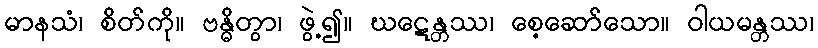
မာနသံ၊ စိတ်ကို။ ဗန္ဓိတွာ၊ ဖွဲ့၍။ ဃဋေန္တဿ၊ စေ့ဆော်သော။ ဝါယမန္တဿ၊